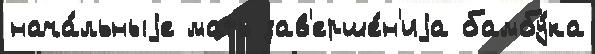
нача́льныjе мать зав'ерше́н'иjа бамбу́ка